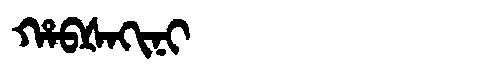
Manchu: ᡥᠠᠪᡧᠠᡴᡳᠨᡳ
Romanization: HABŠAKINI